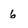
Character: 6